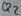
Text: Q2